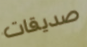
صديقات